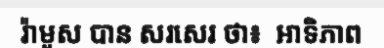
រ៉ាមូស បាន សរសេរ ថា៖  អាទិភាព